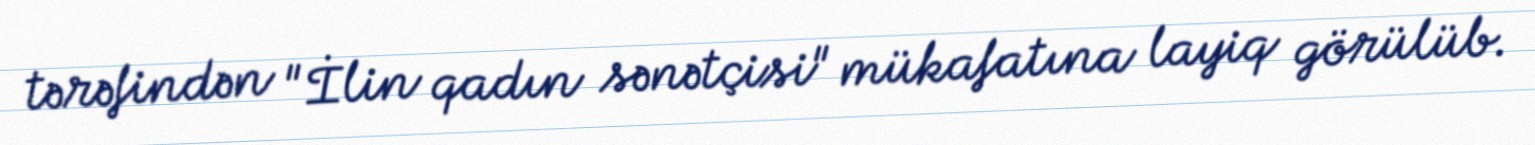
tərəfindən "İlin qadın sənətçisi" mükafatına layiq görülüb.